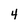
Character: 4